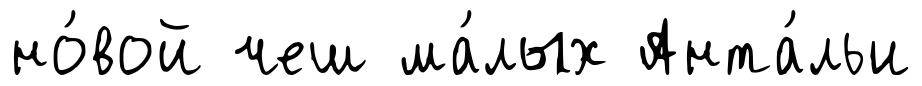
но́вой чеш ма́лых Анта́льи